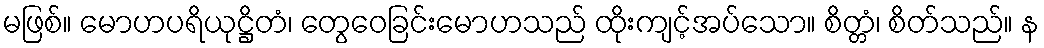
မဖြစ်။ မောဟပရိယုဋ္ဌိတံ၊ တွေဝေခြင်းမောဟသည် ထိုးကျင့်အပ်သော။ စိတ္တံ၊ စိတ်သည်။ န